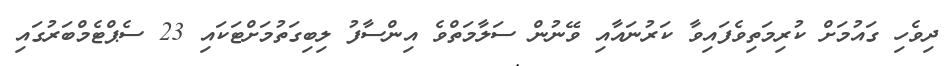
ދިވެހި ގައުމަށް ކުރިމަތިވެފައިވާ ކަރުނައާއި ވޭނުން ސަލާމަތްވެ އިންސާފު ލިބިގަތުމަށްޓަކައި 23 ސެޕްޓެމްބަރުގައި